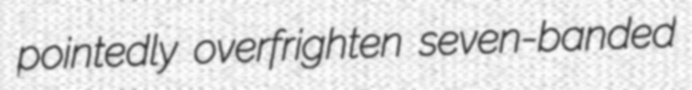
pointedly overfrighten seven-banded